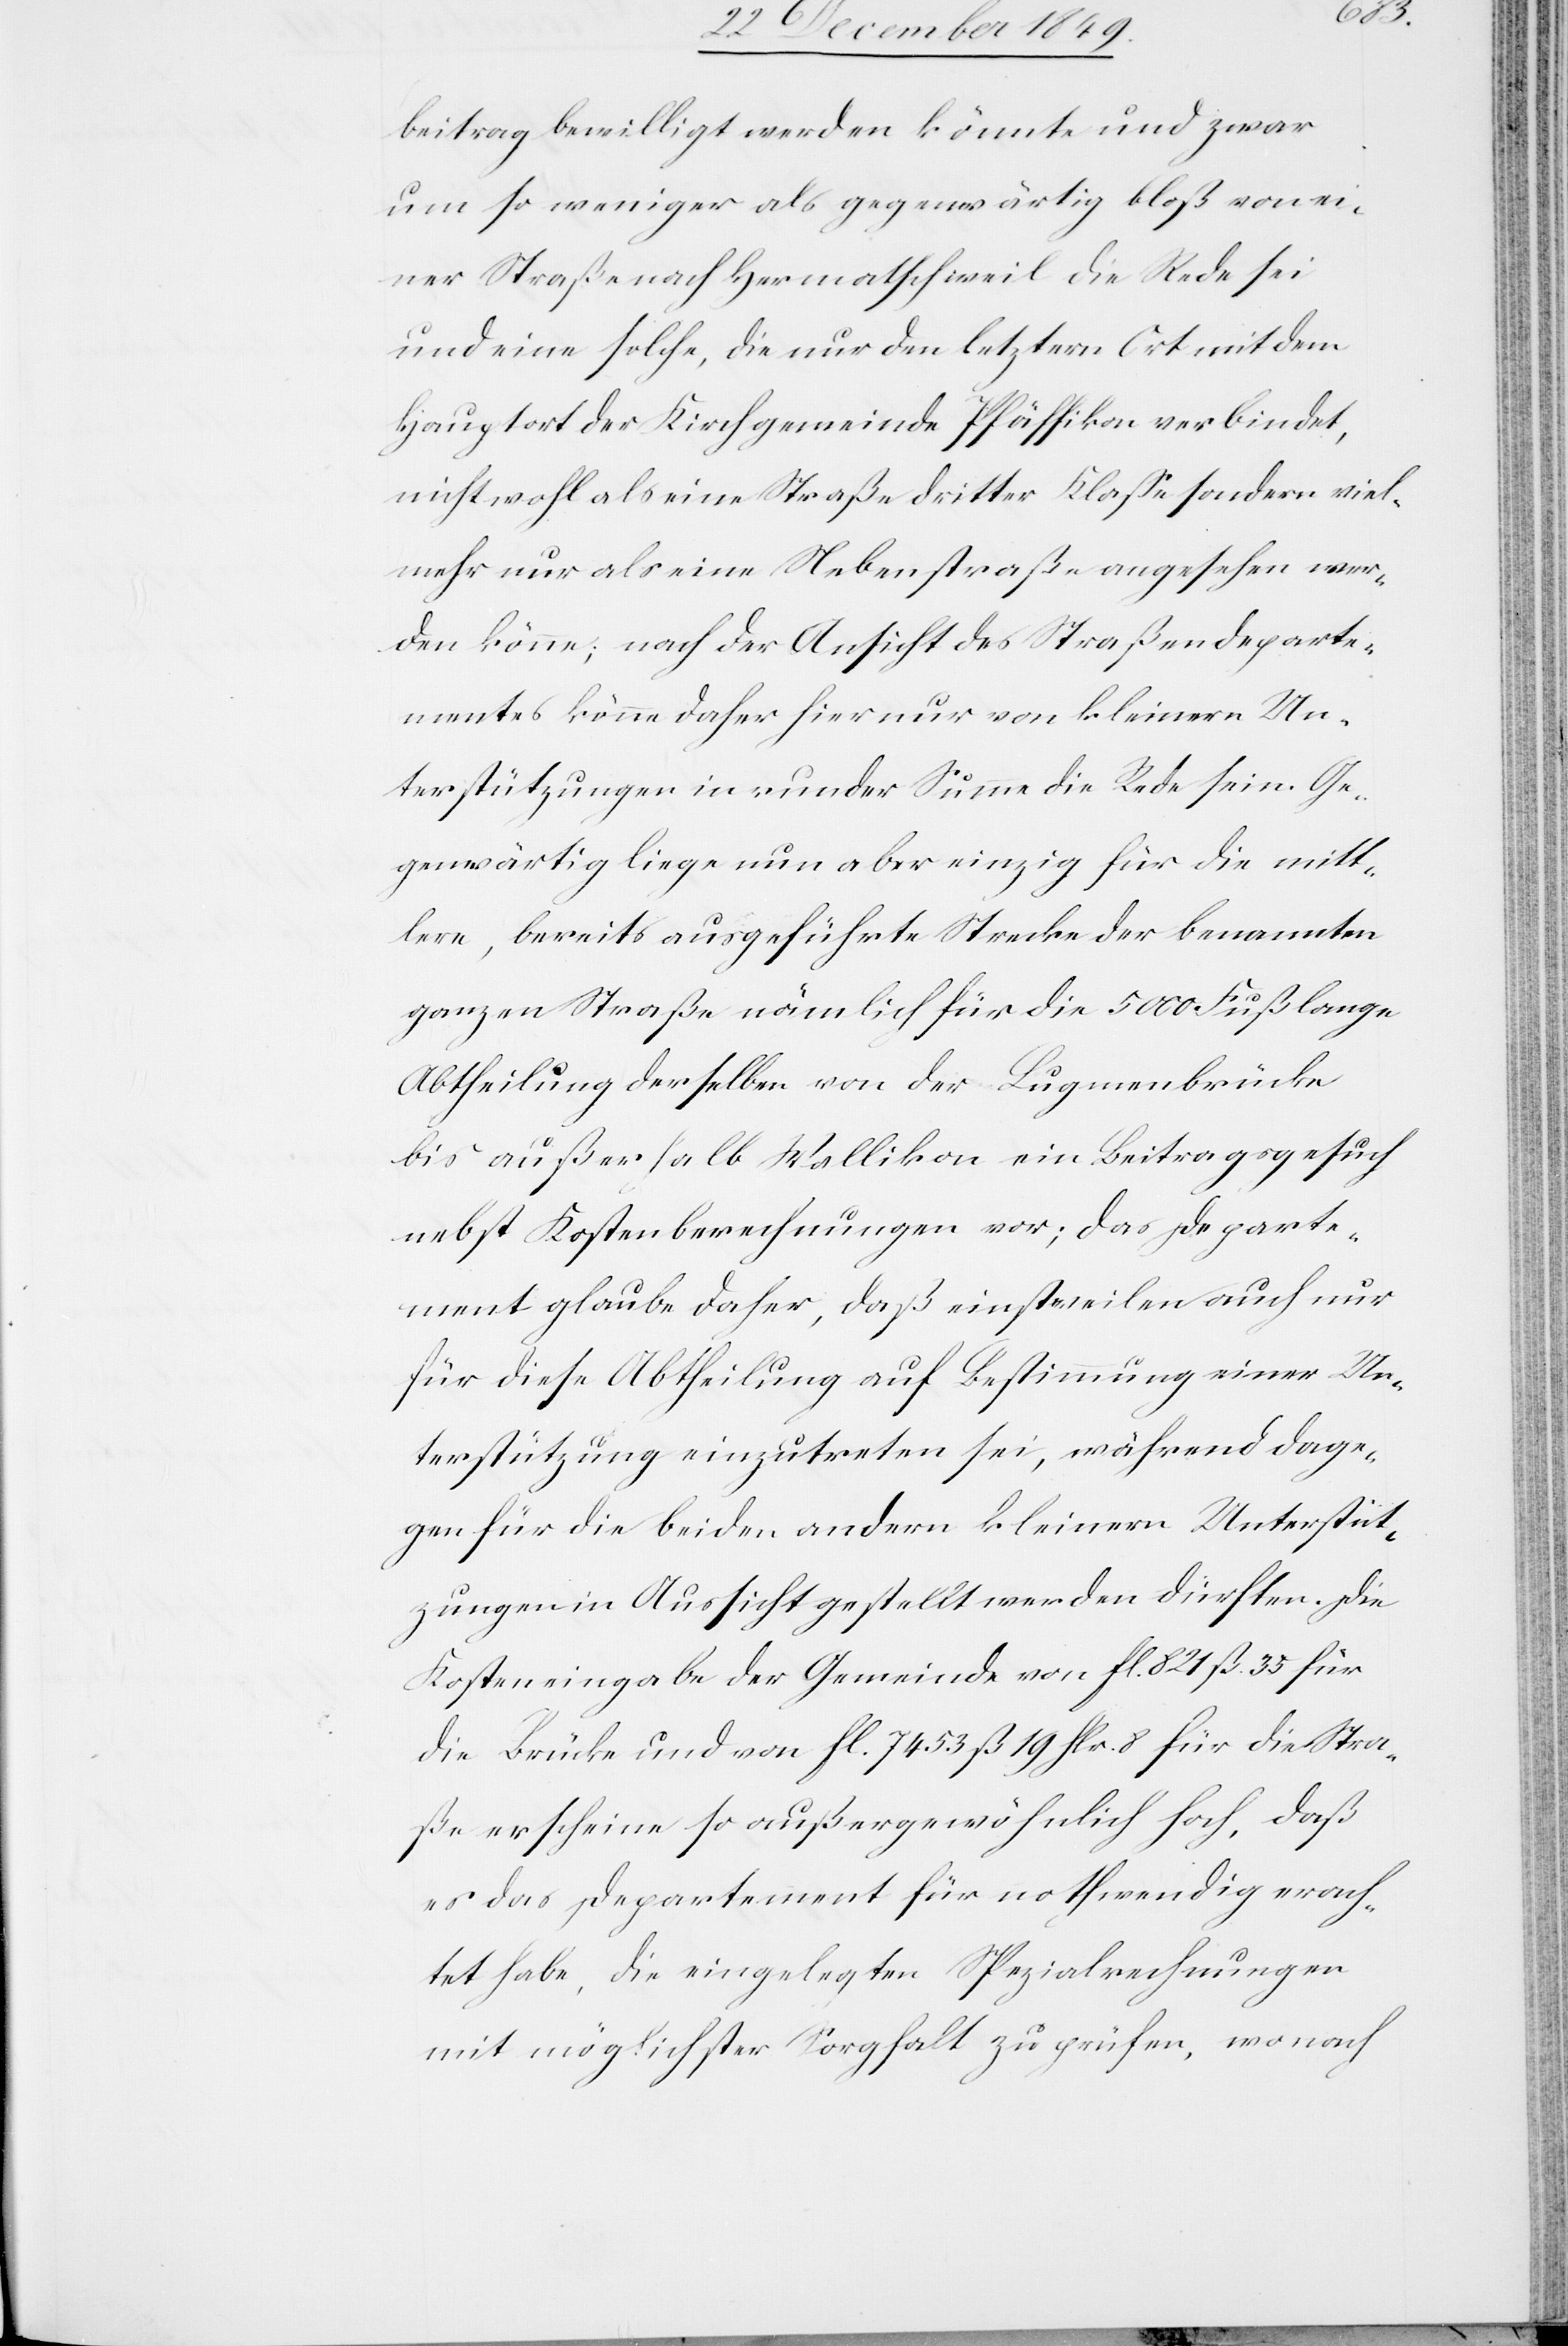
beitrag bewilligt werden könnte und zwar
um so weniger als gegenwärtig die Rede sei
und eine solche, die nur den letztern Ort mit dem
Hauptort der Kirchgemeinde Pfäffikon verbindet,
nicht wohl als eine Straße dritter Klaße sondern viel¬
mehr nur als eine Nebenstraße angesehen wer¬
den könne; nach der Ansicht der Straßendeparte¬
mentes könne daher hier nur von kleinern Un¬
terstützungen in runder Summe die Rede sein. Ge¬
genwärtig liege nun aber einzig für die mitt¬
lere, bereits ausgeführte Strecke der benannten
ganzen Straße nämlich für die 5000 Fuß lange
Abtheilung derselben von der Lugmenbrücke
bis außerhalb Wallikon ein Beitragsgesuch
nebst Kostenberechnungen vor; das Departe¬
ment glaube daher, daß einstweilen auch nur
für diese Abtheilung auf Bestimmung einer Un¬
terstützung einzutreten sei, während dage¬
gen für die beiden andern kleinern Unterstüt¬
zungen in Aussicht gestellt werden dürften. Die
Kosteneingabe der Gemeinde von fl. 821 ß 35 für
die Brücke und von fl. 7453 ß 19 flr. 8 für die Stra¬
ße erscheine so außergewöhnlich hoch, daß
es das Departement für nothwendig erach¬
tet habe, die eingelegten Spezialrechnungen
mit möglichster Sorgfalt zu prüfen, wonach